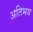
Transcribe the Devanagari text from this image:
अतिभय